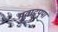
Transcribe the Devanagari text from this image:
मूवाट्टुपुपा